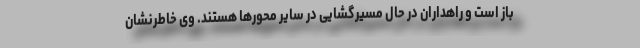
باز است و راهداران در حال مسیرگشایی در سایر محورها هستند. وی خاطرنشان